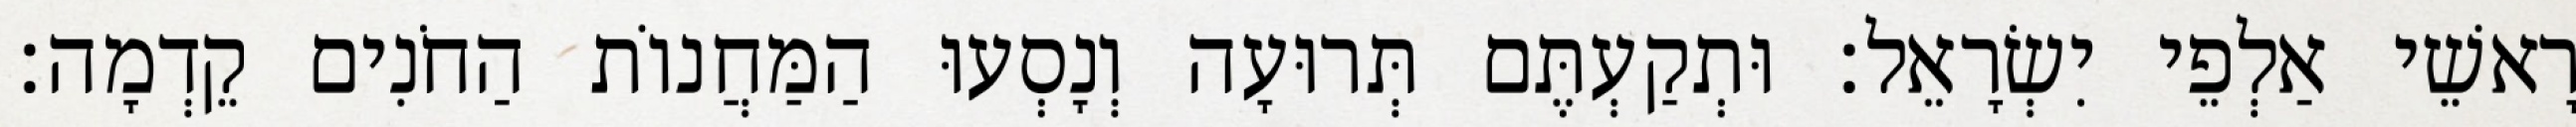
רָאשֵׁי אַלְפֵי יִשְׂרָאֵל׃ וּתְקַעְתֶּם תְּרוּעָה וְנָסְעוּ הַמַּחֲנוֹת הַחֹנִים קֵדְמָה׃